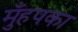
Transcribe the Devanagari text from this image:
मुँहपका